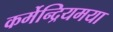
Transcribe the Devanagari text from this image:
कर्मेन्द्रियमया